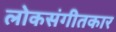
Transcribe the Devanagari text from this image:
लोकसंगीतकार